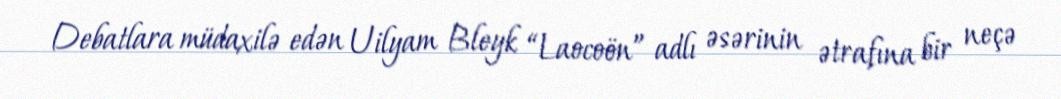
Debatlara müdaxilə edən Uilyam Bleyk “Laocoön” adlı əsərinin ətrafına bir neçə